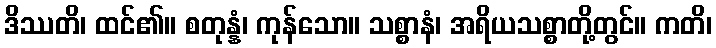
ဒိဿတိ၊ ထင်၏။ စတုန္နံ၊ ကုန်သော။ သစ္စာနံ၊ အရိယသစ္စာတို့တွင်။ ကတိ၊